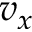
v _ { x }